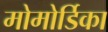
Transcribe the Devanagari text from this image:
मोमोर्डिका